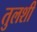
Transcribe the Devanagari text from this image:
तुलशी